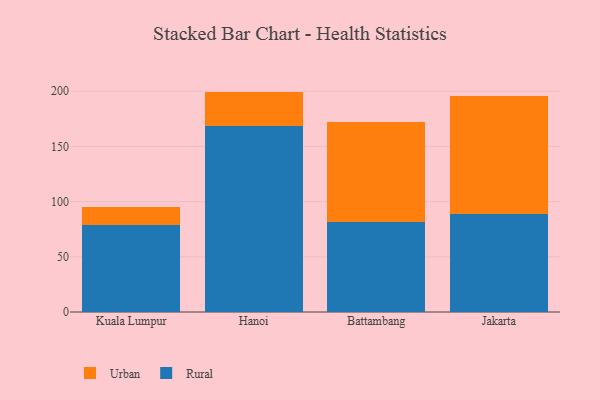
{"axis": {"x": "City", "y": "Shipments"}, "legend": ["Rural", "Urban"], "data": [{"x": "Kuala Lumpur", "y": 78.6, "type": "Rural"}, {"x": "Kuala Lumpur", "y": 16.5, "type": "Urban"}, {"x": "Hanoi", "y": 168.7, "type": "Rural"}, {"x": "Hanoi", "y": 31.0, "type": "Urban"}, {"x": "Battambang", "y": 81.3, "type": "Rural"}, {"x": "Battambang", "y": 91.2, "type": "Urban"}, {"x": "Jakarta", "y": 88.5, "type": "Rural"}, {"x": "Jakarta", "y": 107.2, "type": "Urban"}]}